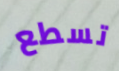
تسطع